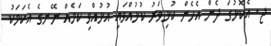
ޖ. އެކޮޅުގަ ދެން އެހެން ކުޅިވަރު ކުޅުއްވައި އުޅުއްވި ކަމެއް ނޭނގެ އެކަމަކު